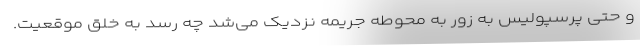
و حتی پرسپولیس به زور به محوطه جریمه نزدیک می‌شد چه رسد به خلق موقعیت.